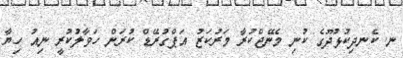
ނ. ކެނދިކުޅުދޫގެ ކުނި މެނޭޖްކުރާ މަރުކަޒު އަޕްގުރޭޑް ކުރަން ހަވާލުކުރީ ނިއު ހިޔާ